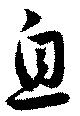
息